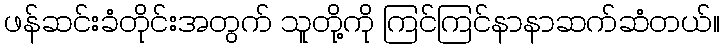
ဖန်ဆင်းခံတိုင်းအတွက် သူတို့ကို ကြင်ကြင်နာနာဆက်ဆံတယ်။